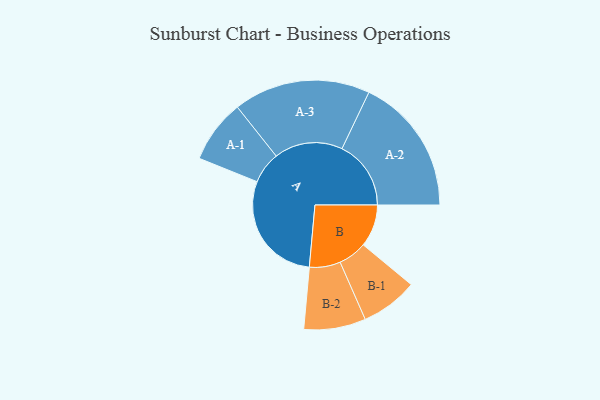
{"axis": {"x": "Segment", "y": "Value"}, "legend": ["", "A", "B"], "data": [{"x": "A", "y": 472, "type": ""}, {"x": "B", "y": 175, "type": ""}, {"x": "A-1", "y": 131, "type": "A"}, {"x": "A-2", "y": 285, "type": "A"}, {"x": "A-3", "y": 283, "type": "A"}, {"x": "B-1", "y": 118, "type": "B"}, {"x": "B-2", "y": 128, "type": "B"}]}